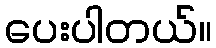
ပေးပါတယ်။